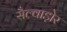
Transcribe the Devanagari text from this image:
सैल्वाड़ोर